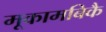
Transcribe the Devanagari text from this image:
मूकामबिकै